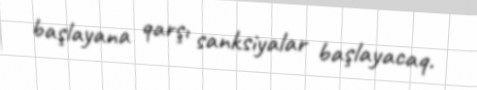
başlayana qarşı sanksiyalar başlayacaq.